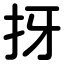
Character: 㧎